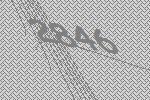
2846